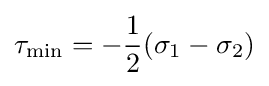
\tau _{\mathrm {min} }=-{\frac {1}{2}}(\sigma _{1}-\sigma _{2})\,\!